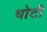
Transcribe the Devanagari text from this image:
धोटी